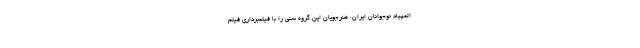
المپیاد نوجوانان ایران، هنرجویان این گروه سنی را با فیلمبرداری فیلم